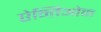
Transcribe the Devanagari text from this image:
ऐन्तिओक